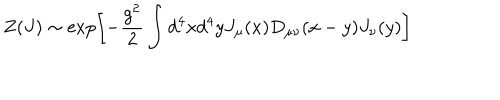
Z ( J ) \sim \exp \left[ - \frac { g ^ { 2 } } { 2 } \int d ^ { 4 } x d ^ { 4 } y J _ { \mu } ( x ) D _ { \mu \nu } ( x - y ) J _ { \nu } ( y ) \right]